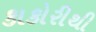
કાકોરીથી